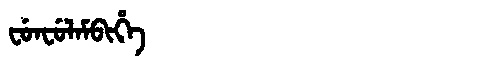
Manchu: ᠸᡠᠨᠸᡠᠯᠠᠮᠪᡳᡥᡝ
Romanization: FUNFULAMBIHE